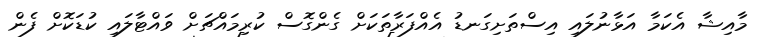
މާއިޝާ އެކަމާ އަޅާނުލައި އިސްތަށިގަނޑު އެއްފަރާތަކަށް ގެންގޮސް ކުރިމައްޗަށް ވައްޓާލައި ކުޑަކޮށް ފެން